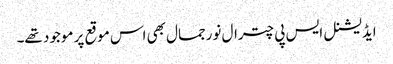
ایڈیشنل ایس پی چترال نورجمال بھی اس موقع پر موجود تھے۔